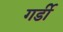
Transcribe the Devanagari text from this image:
गर्डी